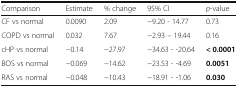
| Comparison | Estimate | % change | 95% CI | p-value |
 | --- | --- | --- | --- | --- |
 | CF vs normal | 0.0090 | 2.09 | −9.20 - 14.77 | 0.73 |
 | COPD vs normal | 0.032 | 7.67 | −2.93 – 19.44 | 0.16 |
 | cHP vs normal | −0.14 | −27.97 | −34.63 - -20.64 | < 0.0001 |
 | BOS vs normal | −0.069 | −14.62 | −23.53 - -4.69 | 0.0051 |
 | RAS vs normal | −0.048 | −10.43 | −18.91 - -1.06 | 0.030 |